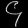
Digit: ၄